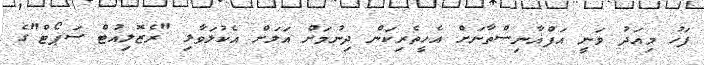
ފަހު މިއަދު ވަނީ އަފްޣާނިސްތާނަށް އެހީތެރިކަން ދިނުމަށް އަލަށް އެކުލަވާލި "ރެޒޮލިއުޓް ސަޕޯޓް"ގެ